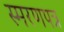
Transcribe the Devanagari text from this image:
स्मरणपत्र